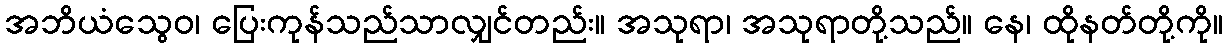
အဘိယံသွေဝ၊ ပြေးကုန်သည်သာလျှင်တည်း။ အသုရာ၊ အသုရာတို့သည်။ နေ၊ ထိုနတ်တို့ကို။